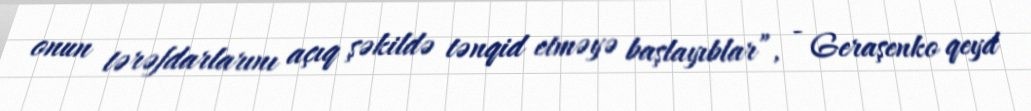
onun tərəfdarlarını açıq şəkildə tənqid etməyə başlayıblar”, - Geraşenko qeyd